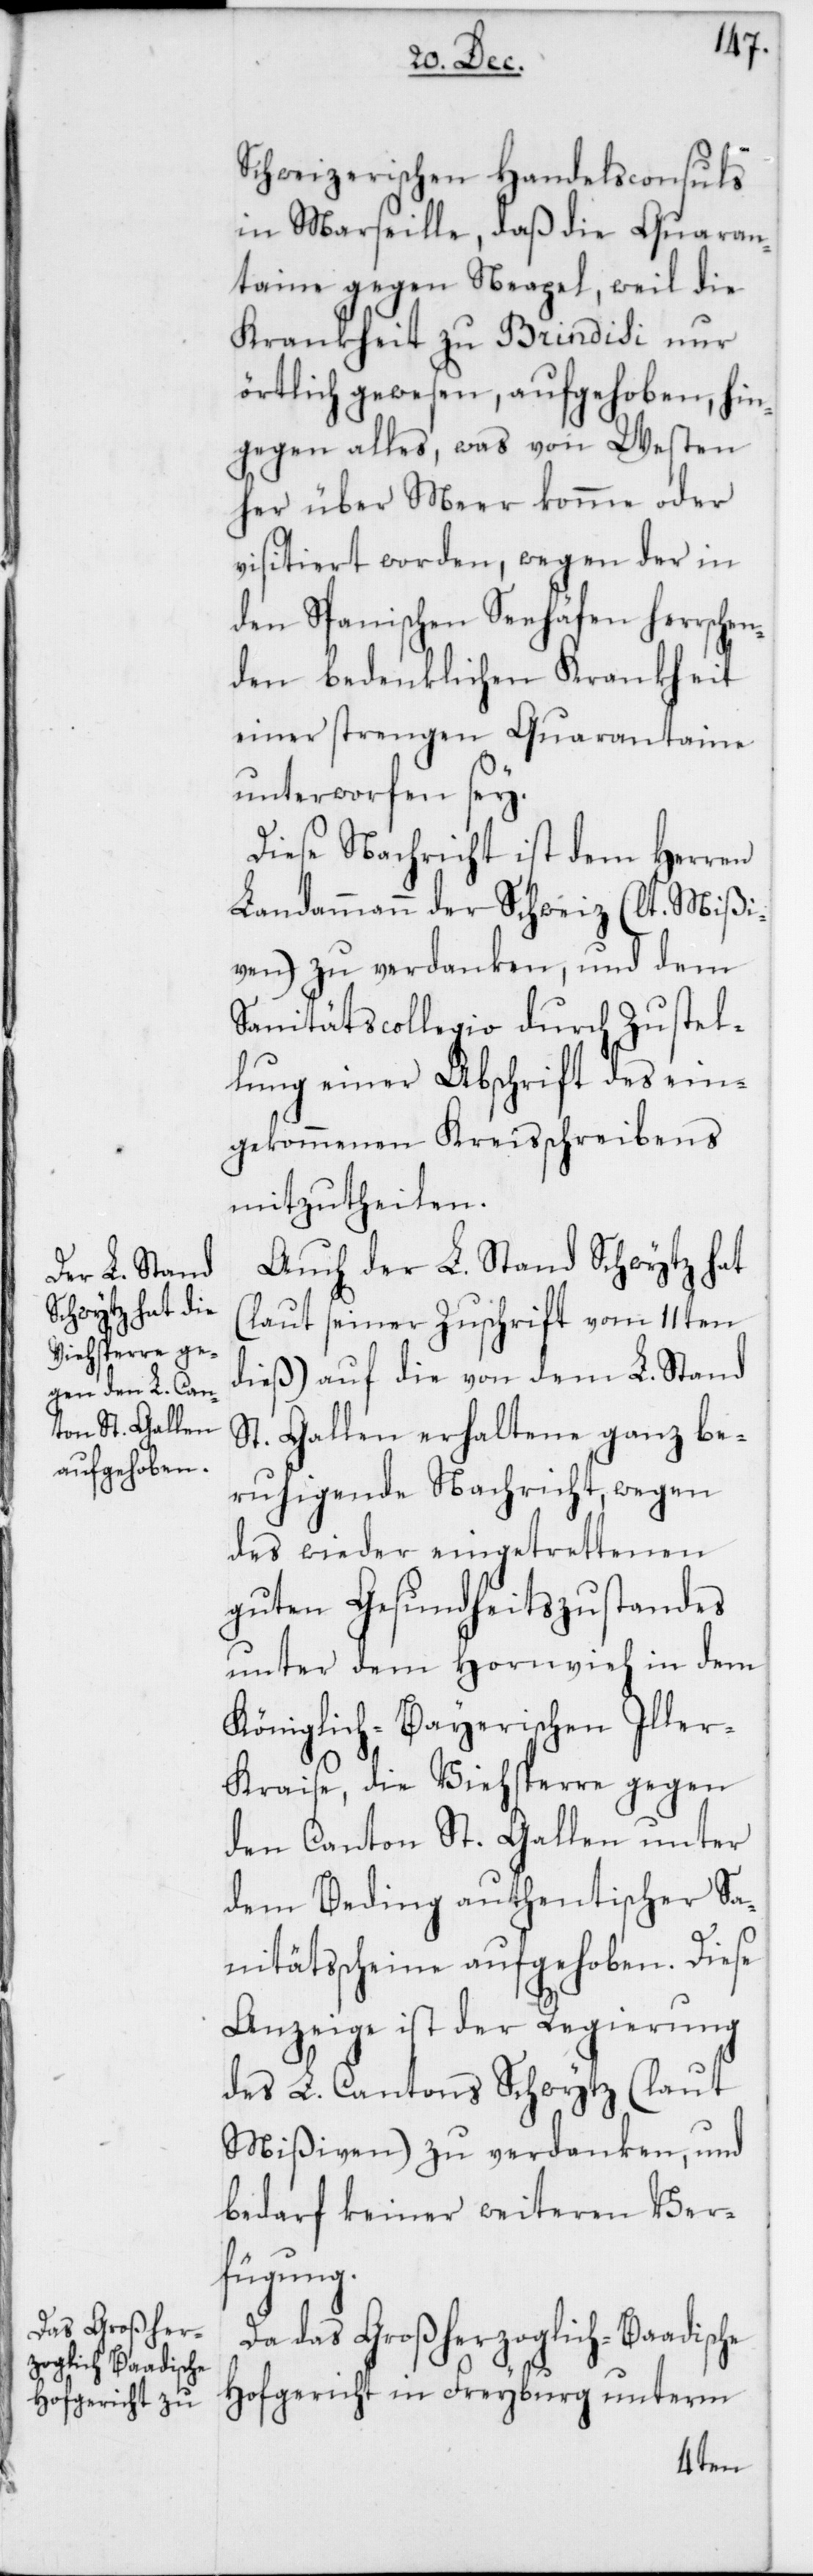
Schweizerischen Handelsconsuls
in Marseille, daß die Quaran¬
taine gegen Neapel, weil die
Krankheit zu Brindisi nur
örtlich gewesen, aufgehoben, hin¬
gegen alles, was von Westen
her über Meer komme oder
visitiert worden, wegen der in
den Spanischen Seehäfen herrschen¬
den bedenklichen Krankheit
einer strengen Quarantaine
unterworfen sey.
Diese Nachricht ist dem Herren
Landammann der Schweiz (lt. Mißi¬
ven) zu verdanken, und dem
Sanitätscollegio durch Zustel¬
lung einer Abschrift des ein¬
gekommenen Kreisschreibens
mitzutheilen.
Auch der L. Stand Schwytz hat
(laut seiner Zuschrift vom 11ten
dieß) auf die von dem L. Stand
St. Gallen erhaltene ganz be¬
ruhigende Nachricht, wegen
des wieder eingetrettenen
guten Gesundheitszustandes
unter dem Hornvieh in dem
Königlich-Bayerischen Iller¬
kraise, die Viehsperre gegen
den Canton St. Gallen unter
dem Beding authentischer Sa¬
nitätsscheine aufgehoben. Diese
Anzeige ist der Regierung
des L. Cantons Schwytz (laut
Mißiven) zu verdanken, und
bedarf keiner weiteren Ver¬
fügung.
Da das Großherzoglich-Baadische
Hofgericht in Freyburg unterm